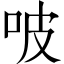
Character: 𠱀